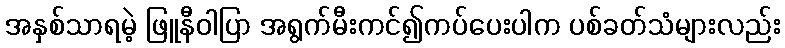
အနှစ်သာရမဲ့ ဖြူနီဝါပြာ အရွက်မီးကင်၍ကပ်ပေးပါက ပစ်ခတ်သံများလည်း